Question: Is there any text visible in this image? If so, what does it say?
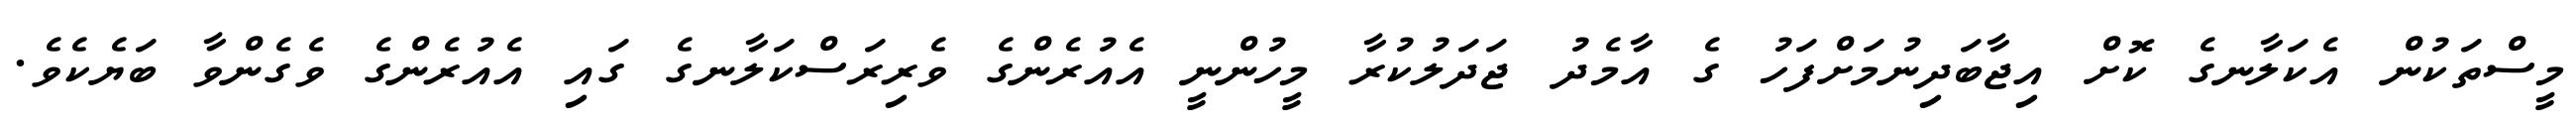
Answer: މީސްތަކުން އެކަލާނގެ ކޮށް އިޖާބަދިނުމަށްފަހު ގެ އާމެދު ޖަދަލުކުރާ މީހުންނީ އެއުރެންގެ ވެރިރަސްކަލާނގެ ގައި އެއުރެންގެ ވެގެންވާ ބަޔެކެވެ.